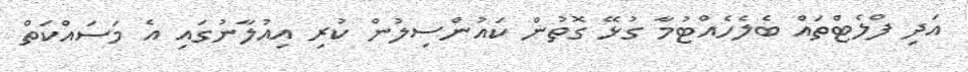
އަދި ފްލެޓްތައް ބެލެހެއްޓުމާ ގުޅޭ ގޮތުން ކައުންސިލުން ކުރި އިއުލާނުގައި އެ މަސައްކަތް